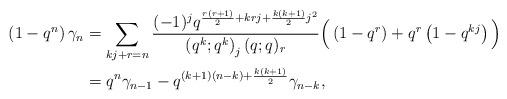
LaTeX: \begin{align*}\left( 1- q^n \right) \gamma_n & =\sum_{kj+r=n}\frac{(-1)^j q^{\frac{r(r+1)}2 + krj+ \frac{k(k+1)}2 j^2}}{\left( q^{k}; q^{k}\right)_j (q;q)_{r}}\Big( \left(1-q^r\right) + q^r \left( 1-q^{kj}\right)\Big) \\& = q^n \gamma_{n-1} - q^{(k+1)(n-k) + \frac{k(k+1)}2} \gamma_{n-k},\end{align*}